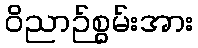
ဝိညာဉ်စွမ်းအား